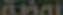
Atbal